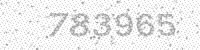
Solution: 783965